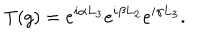
T ( g ) = e ^ { i \alpha L _ { 3 } } e ^ { i \beta L _ { 2 } } e ^ { i \gamma L _ { 3 } } .